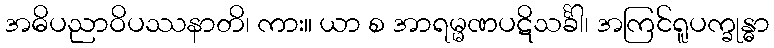
အဓိပညာဝိပဿနာတိ၊ ကား။ ယာ စ အာရမ္မဏပဋိသင်္ခါ၊ အကြင်ရူပက္ခုန္ဓာ